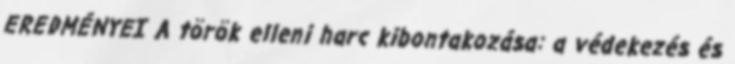
EREDMÉNYEI A török elleni harc kibontakozása: a védekezés és